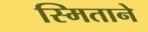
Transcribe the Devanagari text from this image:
स्मिताने